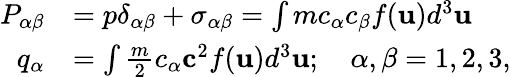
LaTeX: \begin{array}{rl}{P_{\alpha\beta}}&{=p\delta_{\alpha\beta}+\sigma_{\alpha\beta}=\int mc_{\alpha}c_{\beta}f(\mathbf{u})d^{3}\mathbf{u}}\\ {q_{\alpha}}&{=\int\frac{m}{2}c_{\alpha}\mathbf{c}^{2}f(\mathbf{u})d^{3}\mathbf{u};\quad\alpha,\beta=1,2,3,}\end{array}